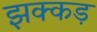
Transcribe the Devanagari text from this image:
झक्कड़